Civil Veterinary Department. United Provinces 1932-42 - 1932-1942
Year: 1932
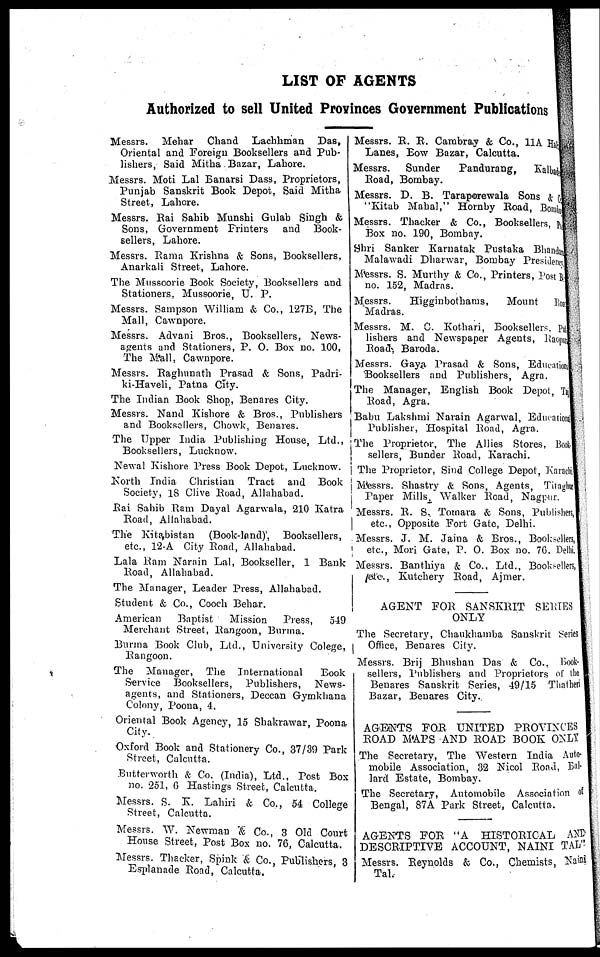
LIST OF AGENTS
Authorized to sell United Provinces Government Publications
Messrs. Mehar Chand Lachhman Das,
Oriental and Foreign Booksellers and Pub-
lishers, Said Mitha Bazar, Lahore.
Messrs. Moti Lai Banarsi Dass, Proprietors,
Punjab Sanskrit Book Depot. Said Mitha
Street, Lahore.
Messrs. Rai Sahib Munshi Gulab Singh &
Sons, Government Printers and Book-
sellers, Lahore.
Messrs. Rama Krishna & Sons, Booksellers,
Anarkali Street, Lahore.
The Mussoorie Book Society, Booksellers and
Stationers. Mussoorie, U. P.
Messrs. Sampson William & Co., 127B, The
Mall, Cawnpore.
Messrs. Advani Bros., Booksellers, News-
agents and Stationers, P. 0. Box no. 100,
The Mall. Cawnpore.
Messrs. Raghunath Prasad & Sons, Padri-
ki-Haveli, Patna City.
The Indian Book Shop, Benares City.
Messrs. Nand Kishore & Bros., Publishers
and Booksellers, Chowk, Benares.
The Upper India Publishing House, Ltd.,
Booksellers, Lucknow.
Newal Kishore Press Book Depot, Lucknow.
North India Christian Tract and Book
Society, 18 Clive Road, Allahabad.
Rai Sahib Ram Dayal Agarwala, 210 Katra
Road, Allahabad.
The Kitabistan (Book-land)', Booksellers,
etc., 12-A City Road, Allahabad.
Lala Ram Narain Lal, Bookseller, 1 Bank
Road, Allahabad.
The Manager, Leader Press, Allahabad.
Student & Co., Cooch Behar.
American
Baptist
Mission
Press,
5-19
Merchant Street, Rangoon, Burma.
Burma Book Club, Ltd., University Colege,
Rangoon.
The Manager, The International
Book
Service Booksellers, Publishers, News-
agents, and Stationers, Deccan Gymkhana
Colony, Poona, 4.
Oriental Book Agency, 15 Shakrawar, Poona
City.
Oxford Book and Stationery Co., 37/39 Park
Street, Calcutta.
Butterworth & Co. (India), Ltd., Post Box
no. 251, 6 Hastings Street, Calcutta.
Messrs. S. K. Lahiri & Co., 54 College
Street, Calcutta.
Messrs. W. Newman & Co., 3 Old Court
House Street, Post Box no. 76, Calcutta.
Messrs. Thacker, Spink & Co., Publishers, 3
Esplanade Road, Calcutta.
Messrs. R. R. Cambray & Co., 11A Hat,
Lanes, Bow Bazar, Calcutta.
Messrs. Sunder
Paiidurang, Kalbadevi
Road, Bombay.
Messrs. D. B. Taraporewala Sons & Co.,
"Kitab Mahal," Hornby Road, Bombay
Messrs. Thacker & Co., Booksellers, Post
Box no. 190, Bombay.
Shri Sanker Karnatak Pustaka Bhandar
Malawadi Dharwar, Bombay President,
Messrs. S. Murthy & Co., Printers, Post Box
no. 152, Madras.
Messrs.
Higginbothams,
Mount Road
Madras.
Messrs. M. C. Kothari, Booksellers, Pub-
lishers and Newspaper Agents, Raopur
Road, Baroda.
Messrs. Gaya Prasad & Sons, Educations
Booksellers and Publishers, Agra.
The Manager, English Book Depot, Taj
Road, Agra.
Babu Lakshmi Narain Agarwal, Educational
Publisher, Hospital Road, Agra.
The Proprietor, The Allies Stores, Boot-
sellers, Bunder Road, Karachi.
The Proprietor, Sind College Depot, Karachi,
M'essrs. Shastry & Sons, Agents, Titaghur
Paper Mills, Walker Road, Nagpur.
Messrs. E. S., Tornara & Sons, Publishers,
etc., Opposite Port Gate, Delhi.
Messrs. J. M. Jaina & Bros., Booksellers,
etc., Mori Gate, P. O. Box no. 76. Delhi,
Messrs. Banthiya & Co., Ltd., Booksellers,
etc., Kutchery Road, Ajmer.
AGENT FOR SANSKRIT SERIES
ONLY
The Secretary, Chankhamba Sanskrit Series
Office, Benares City.
Messrs. Brij Bhushan Das & Co., Book-
sellers, Publishers and Proprietors of the
Benares Sanskrit Series, 49/15 Thatheri
Bazar, Benares City.
AGENTS FOR UNITED PROVINCES
ROAD MAPS AND ROAD BOOK ONLY
The Secretary, The Western India Auto-
mobile Association, 32 Nicol Road, Bal-
lard Estate, Bombay.
The Secretary, Automobile Association of
Bengal, 87A Park Street, Calcutta.
AGENTS FOE "A HISTORICAL AND
DESCRIPTIVE ACCOUNT, NAINI TAL".
Messrs. Reynolds & Co., Chemists, Naini-
Tal.